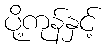
ပို့ကုန်နှင့်